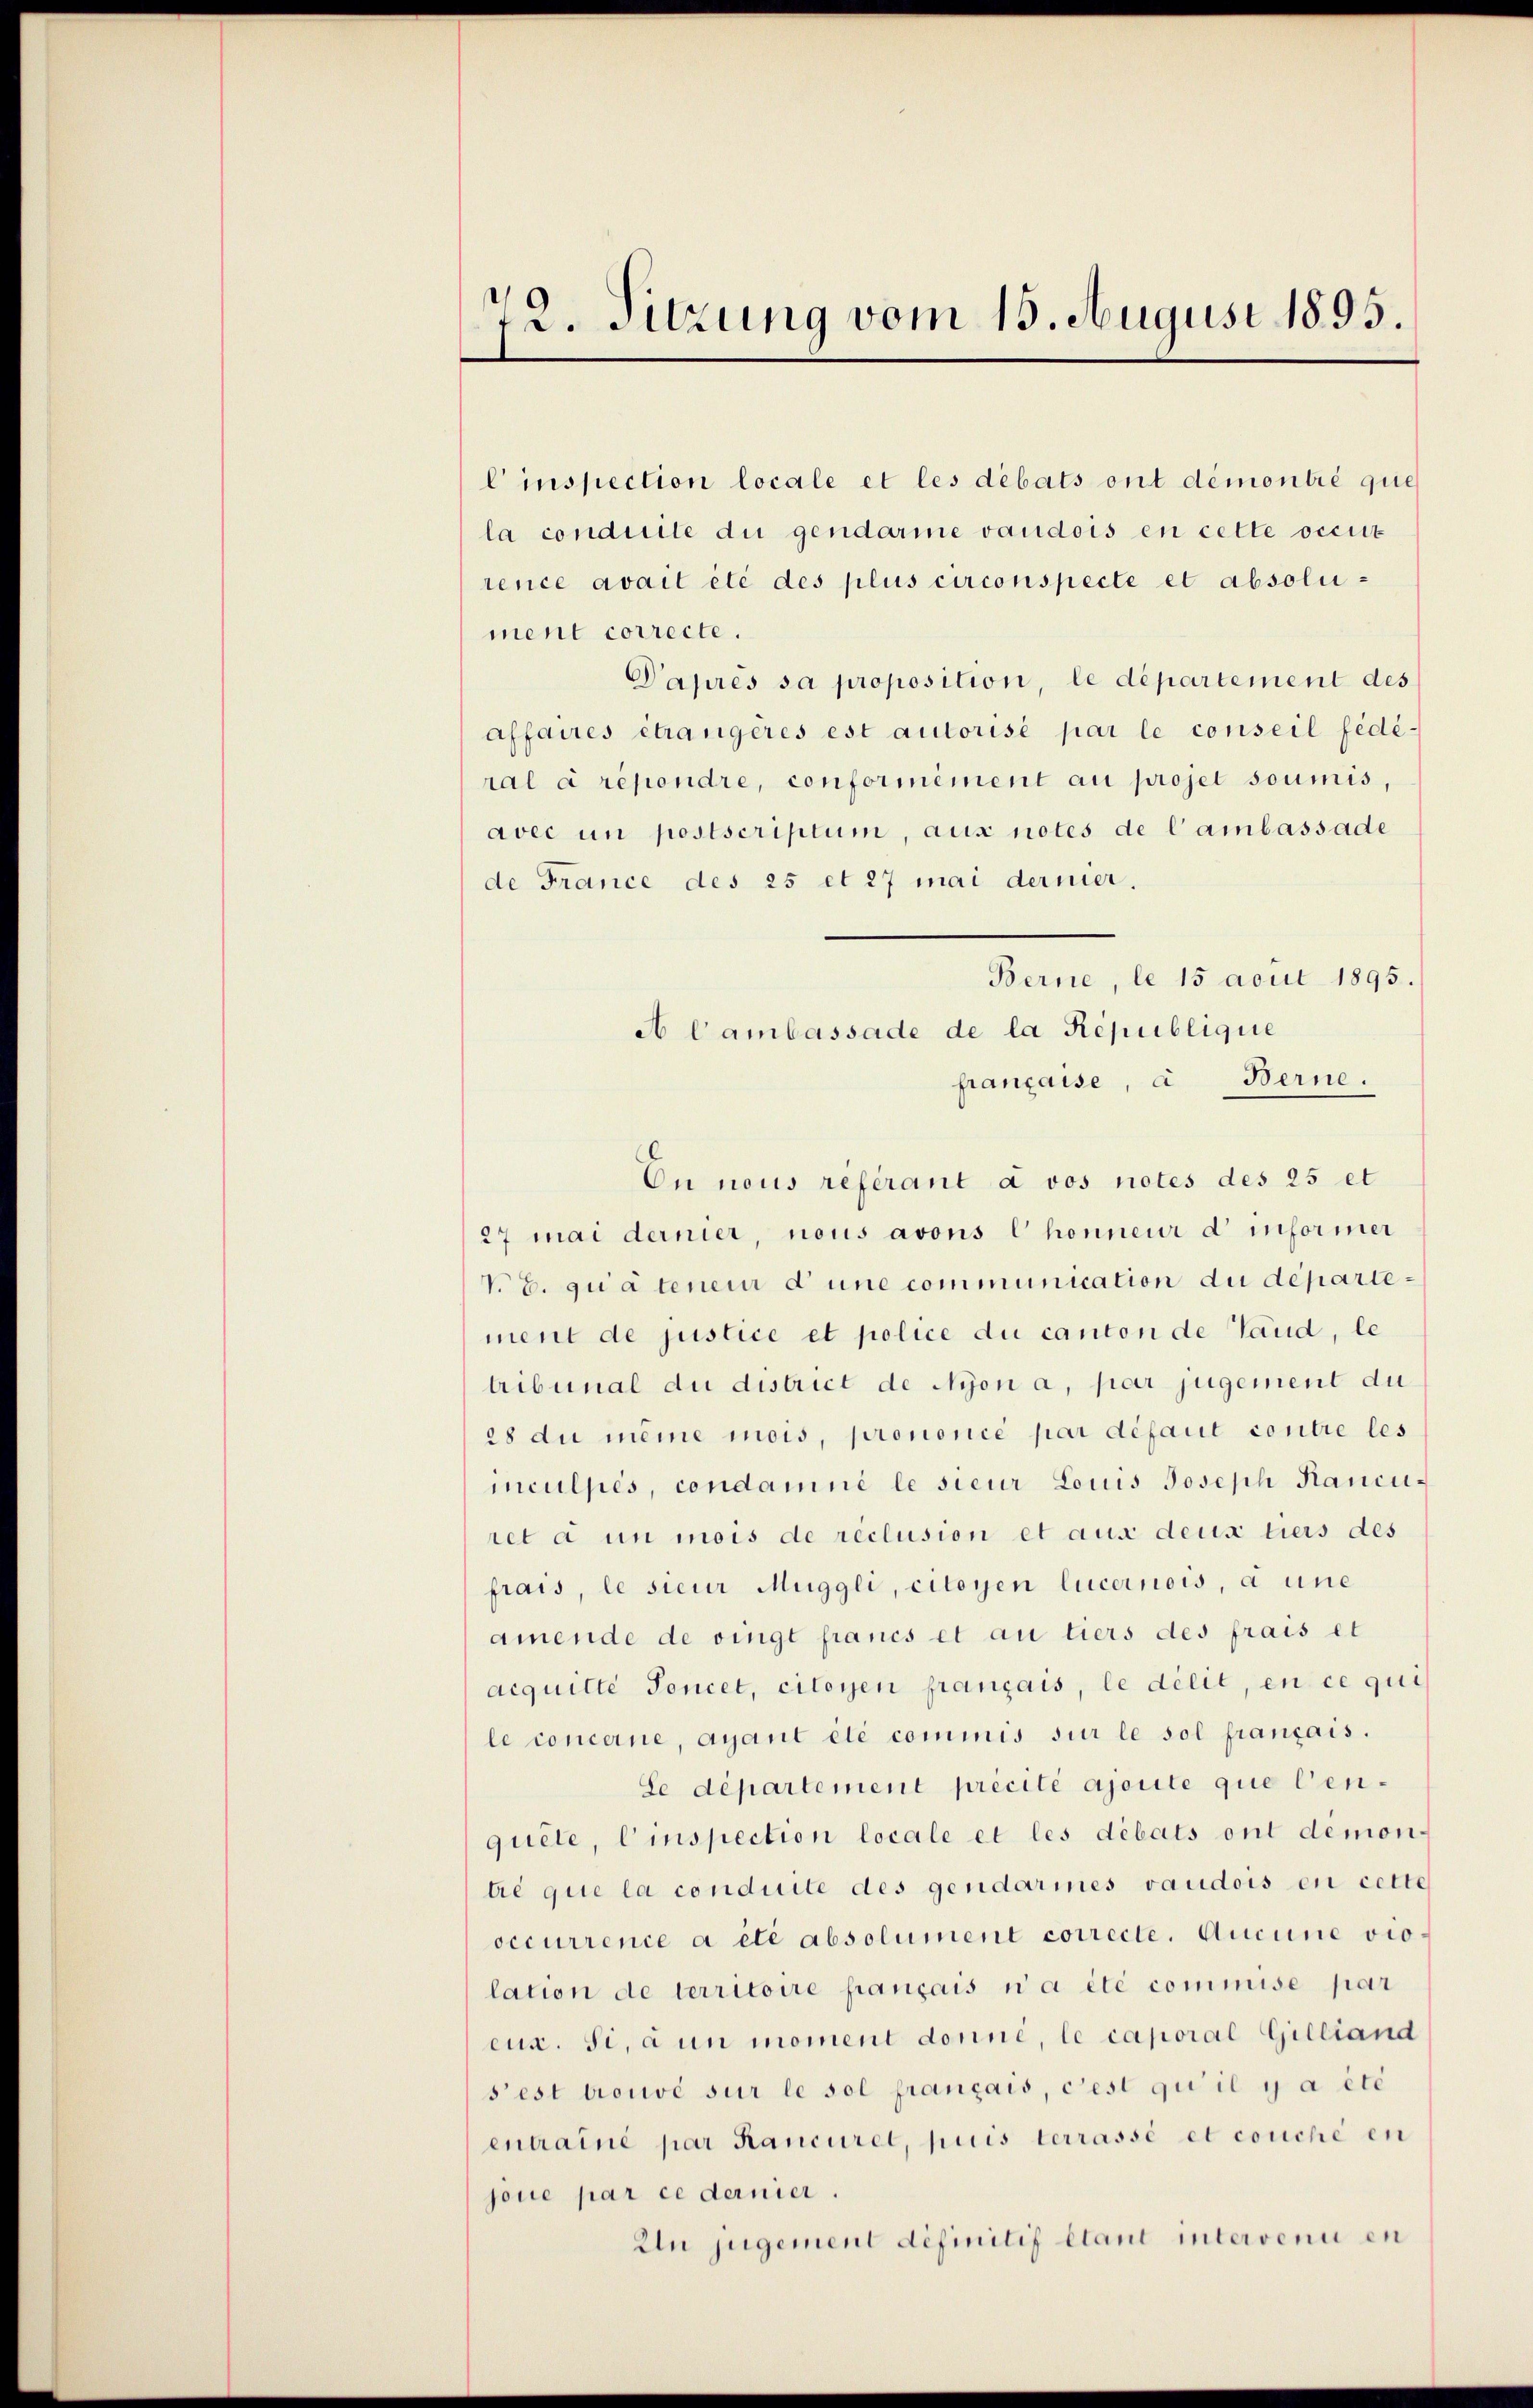
22. Sitzung vom 15. August 1895.

linspection locale et les debats ont démontie que
la conduite du gendarme vaudois en cette occit
rence avait été des plus circonspecte et absolument correcte.
Paprès sa proposition, le departement des
affaires étrangères est autorisé par le conseil fédé-
ral a répondre, conformément au projet soumis,
avec un postscriptum, aus notes de lambassade
de France des 25 et 27 mai dernier,
Berne, le 15 acur 1895.
française, a Berne.
On nous referant à vos notes des 25 et
27 mai dernier, nous avons l honneur d informer
V. E. quateneur d’une communication du departement de justice et police du canton de Vaud, le
tribunal du district de Nyon a, par jugement du
28 du même mois, prononcé par défaut contre les
inculpés, condamné le sieur Louis Joseph Rauciret a un mois de réclusion et aus deux tiers des
frais, le sieur Muggli, citoyen lucernois, a une
amende de vingt francs et au tiers des frais et
acquitte Soncet, citoyen français, le délit, en ce qui
le concerne, ayant été commis sur le sol français.
Se département précité ajoute que Cenquete, Einspection locale et les debats ont demon-
tre que la conduite des gendarmes vaudois en cette
occurrence a été absolument correcte. Aucune violation de territoire français n’a été commise par
eux. Si, à un moment donné, le caporal Gilliand
s’est trouvé sur le sol français, c’est qui il y a été
entraine par Kanciret, puis terrassé et couche en
joue par ce dernier.
Un jugement définitif étant intervenu en

A Cambassade de la Republique